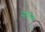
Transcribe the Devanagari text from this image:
पालक्